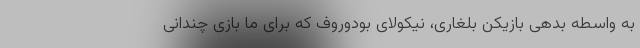
به واسطه بدهی بازیکن بلغاری، نیکولای بودوروف که برای ما بازی چندانی